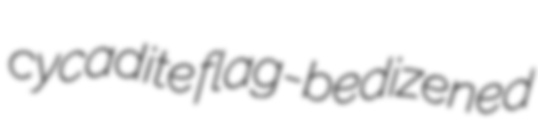
cycadite flag-bedizened